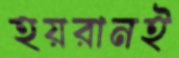
হয়রানই